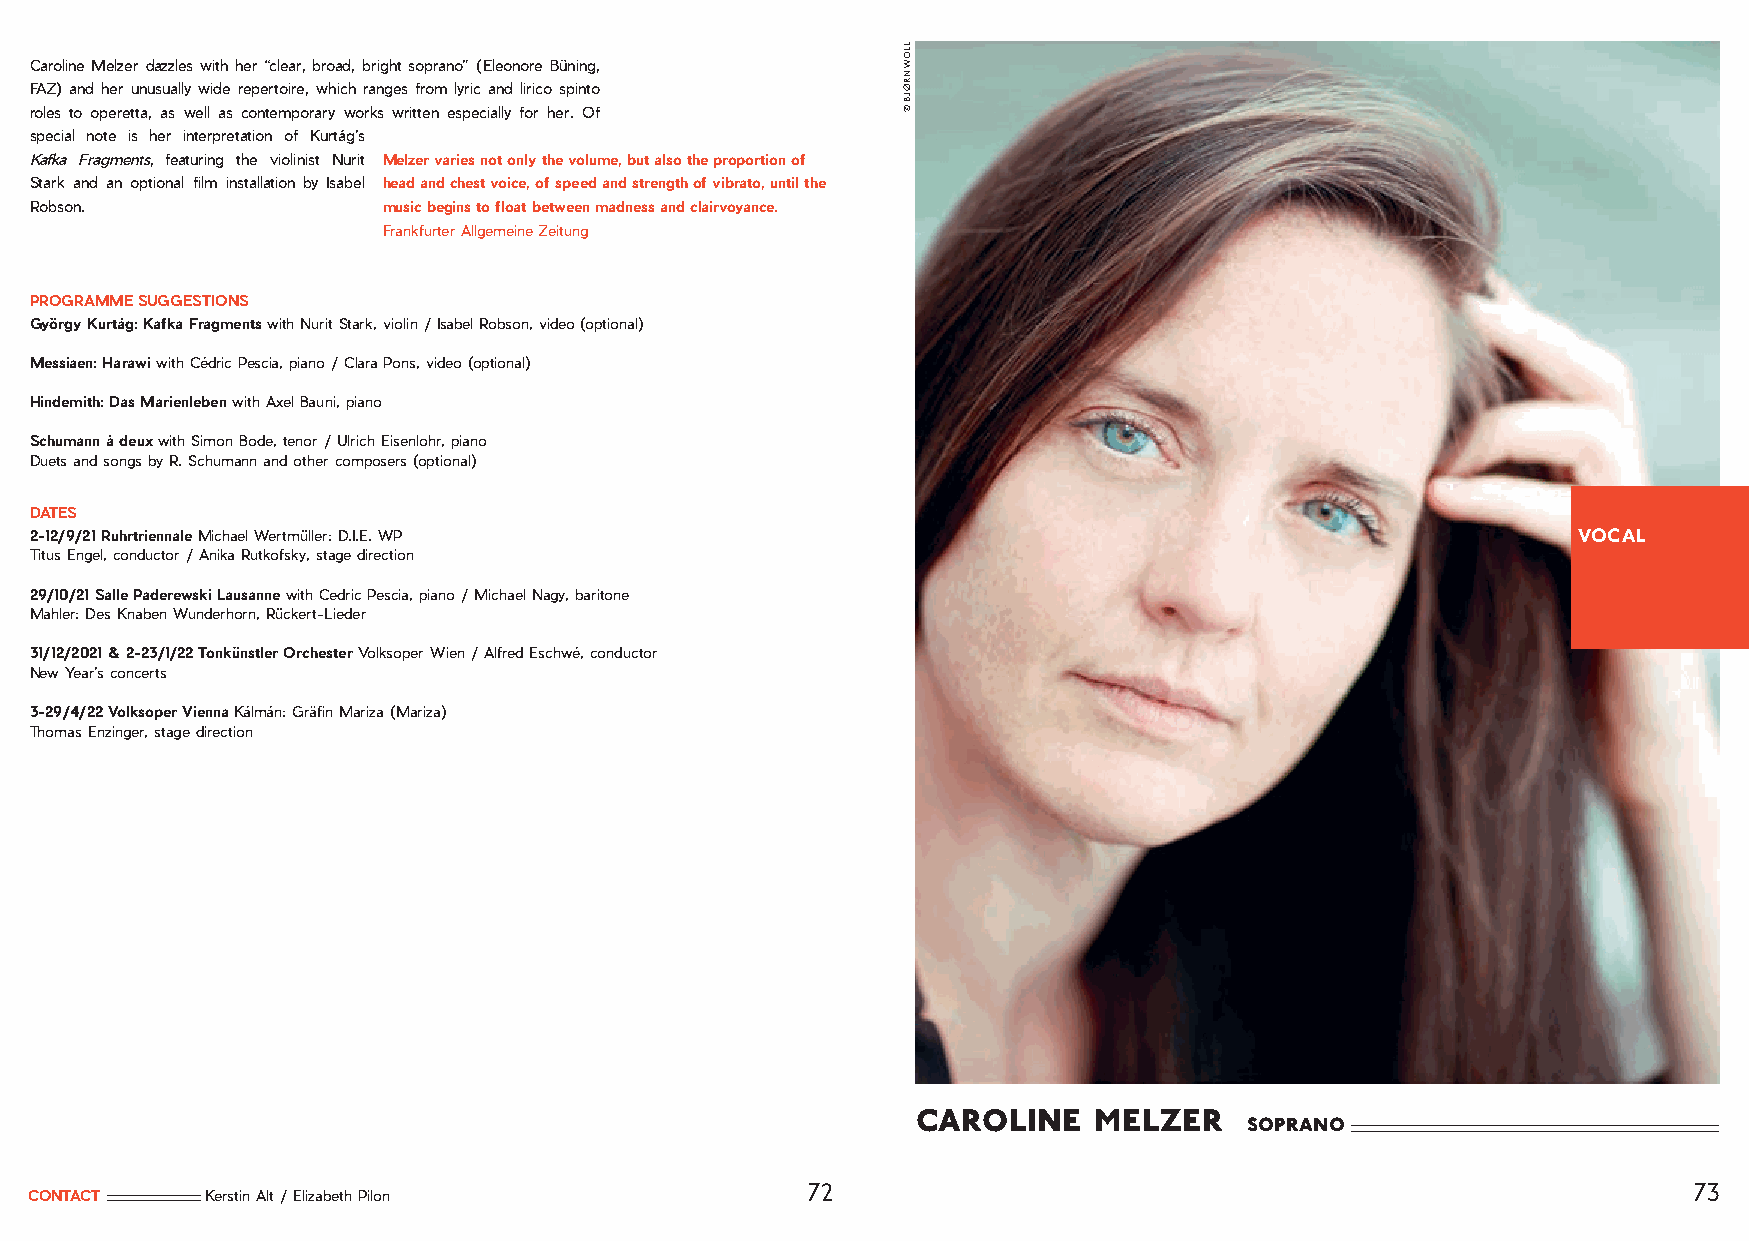
Caroline Melzer dazzles with her “clear, broad, bright soprano” (Eleonore Büning,
 FAZ) and her unusually wide repertoire, which ranges from lyric and lirico spinto
 roles to operetta, as well as contemporary works written especially for her. Of
 special note is her interpretation of Kurtág’s
 Kafka Fragments, featuring the violinist Nurit Melzer varies not only the volume, but also the proportion of
 Stark and an optional film installation by Isabel head and chest voice, of speed and strength of vibrato, until the
 Robson.                music begins to float between madness and clairvoyance.
 Frankfurter Allgemeine Zeitung
 PROGRAMME SUGGESTIONS
 György Kurtág: Kafka Fragments with Nurit Stark, violin / Isabel Robson, video (optional)
 Messiaen: Harawi with Cédric Pescia, piano / Clara Pons, video (optional)
 Hindemith: Das Marienleben with Axel Bauni, piano
 Schumann à deux with Simon Bode, tenor / Ulrich Eisenlohr, piano
 Duets and songs by R. Schumann and other composers (optional)
 DATES
 2-12/9/21 Ruhrtriennale Michael Wertmüller: D.I.E. WP                                                 VOCAL
 Titus Engel, conductor / Anika Rutkofsky, stage direction
 29/10/21 Salle Paderewski Lausanne with Cedric Pescia, piano / Michael Nagy, baritone
 Mahler: Des Knaben Wunderhorn, Rückert-Lieder
 31/12/2021 & 2-23/1/22 Tonkünstler Orchester Volksoper Wien / Alfred Eschwé, conductor
 New Year’s concerts
 3-29/4/22 Volksoper Vienna Kálmán: Gräfin Mariza (Mariza)
 Thomas Enzinger, stage direction
 caroline   melzer
 soprano
 72                                                         73
 CONTACT     Kerstin Alt / Elizabeth Pilon
 LLOW
 NRØJB
 ©